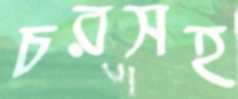
চরসহ